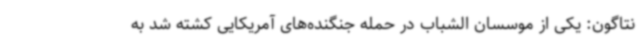
نتاگون: یکی از موسسان الشباب در حمله جنگنده‌های آمریکایی کشته شد به